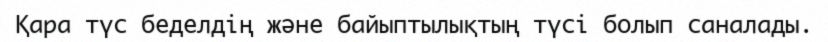
Қара түс беделдің және байыптылықтың түсі болып саналады.